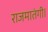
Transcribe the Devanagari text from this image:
राजमातंगी।